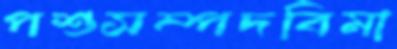
পশুসম্পদবিমা